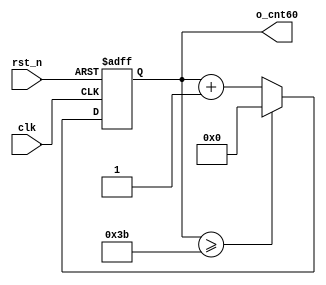
//	==================================================
//	Copyright (c) 2019 Sookmyung Women's University.
//	--------------------------------------------------
//	DEPARTMENT		: EE
//	--------------------------------------------------
//	RELEASE HISTORY
//	--------------------------------------------------
//	VERSION			DATE
//	0.0				2019-10-28
//	--------------------------------------------------
//	PURPOSE			: Seven-Segment Display
//	==================================================

//	--------------------------------------------------
//	0~59 Counter
//	--------------------------------------------------
module cnt60(	o_cnt60,
		clk,
		rst_n);

output	[5:0]	o_cnt60		;

input		clk		;
input		rst_n		;

reg		[5:0]	o_cnt60		;

always @(posedge clk or negedge rst_n) begin
	if(rst_n == 1'b0) begin
		o_cnt60 <= 6'd0;
	end else begin
		if(o_cnt60 >= 6'd59) begin
			o_cnt60 <= 6'd0;
		end else begin
			o_cnt60 <= o_cnt60 + 1'b1;
		end
	end
end

endmodule

//	--------------------------------------------------
//	Numerical Controlled Oscillator
//	Hz of o_gen_clk = Clock Hz / num
//	--------------------------------------------------

module	nco(	o_gen_clk,
		i_nco_num,
		clk,
		rst_n);

output			o_gen_clk	;	// 1Hz CLK

input	[31:0]	i_nco_num	;
input		clk		;	// 50Mhz CLK
input		rst_n		;

reg		[31:0]	cnt			;
reg				o_gen_clk	;

always @(posedge clk or negedge rst_n) begin
	if(rst_n == 1'b0) begin
		cnt		<= 32'd0;
		o_gen_clk	<= 1'd0	;
	end else begin
		if(cnt >= i_nco_num/2-1) begin
			cnt 	<= 32'd0;
			o_gen_clk	<= ~o_gen_clk;
		end else begin
			cnt <= cnt + 1'b1;
		end
	end
end

endmodule

//	--------------------------------------------------
//	NCO Clock Based 0~59 Counter
//	--------------------------------------------------
module	nco_cnt(	o_nco_cnt,
			i_nco_num,
			clk,
			rst_n);

output	[5:0]	o_nco_cnt	;

input	[31:0]	i_nco_num		;
input			clk		;
input			rst_n		;

wire			gen_clk		;

nco		u_nco(	.o_gen_clk	( gen_clk	),
			.i_nco_num	( i_nco_num	),
			.clk		( clk		),
			.rst_n		( rst_n		));

cnt60		u_cnt60(.o_cnt60	( o_nco_cnt	),
			.clk		( gen_clk	),
			.rst_n		( rst_n		));

endmodule

//	--------------------------------------------------
//	Flexible Numerical Display Decoder
//	--------------------------------------------------
module	fnd_dec(o_seg,
		i_num);

output	[6:0]	o_seg		;	// {o_seg_a, o_seg_b, ... , o_seg_g}

input	[3:0]	i_num		;

reg	[6:0]	o_seg	;

always @(i_num or o_seg) begin
	  case(i_num)
		4'b0000 :  o_seg = 7'b111_1110	;
		4'b0001 :  o_seg = 7'b011_0000	;
		4'b0010 :  o_seg = 7'b110_1101	;		
		4'b0011 :  o_seg = 7'b111_1001	;
		4'b0100 :  o_seg = 7'b011_0011	;
		4'b0101 :  o_seg = 7'b101_1011	;
		4'b0110 :  o_seg = 7'b101_1111	;
		4'b0111 :  o_seg = 7'b111_0000	;
		4'b1000 :  o_seg = 7'b111_1111	;
		4'b1001 :  o_seg = 7'b111_0011	;
		4'b1010 :  o_seg = 7'b000_0000  ;
		4'b1011 :  o_seg = 7'b000_0000  ;
		4'b1100 :  o_seg = 7'b000_0000  ;
		4'b1101 :  o_seg = 7'b000_0000  ;
		4'b1110 :  o_seg = 7'b000_0000  ;
		4'b1111 :  o_seg = 7'b000_0000  ;
	endcase
end

endmodule

//	--------------------------------------------------
//	0~59 --> 2 Separated Segments
//	--------------------------------------------------
module	double_fig_sep(	o_left,
			o_right,
			i_double_fig);

output	[3:0]	o_left		;
output	[3:0]	o_right		;

input	[5:0]	i_double_fig	;

assign	o_left = i_double_fig / 10;
assign	o_right  = i_double_fig % 10;

endmodule

//	--------------------------------------------------
//	0~59 --> 2 Separated Segments
//	--------------------------------------------------

module	led_disp(	o_seg,
			o_seg_dp,
			o_seg_enb,
			i_six_digit_seg,
			i_six_dp,
			clk,
			rst_n);

output	[5:0]	o_seg_enb		;
output			o_seg_dp	;
output	[6:0]	o_seg			;


input	[41:0]	i_six_digit_seg		;
input	[5:0]	i_six_dp		;
input			clk		;
input			rst_n		;

wire			gen_clk		;

nco	u_nco(	.o_gen_clk( gen_clk		),
		.i_nco_num( 32'd50000000	),
		.clk	( clk			),
		.rst_n	( rst_n			));


reg		[3:0]	cnt_common_node	;

always @(posedge gen_clk or negedge rst_n) begin
	if(rst_n == 1'b0) begin
		cnt_common_node		<= 32'd0;
	end else begin
		if(cnt_common_node >= 4'd5) begin
			cnt_common_node 	<= 4'd0;
		end else begin
			cnt_common_node <= cnt_common_node + 1'b1;
		end
	end
end

reg		[5:0]	o_seg_enb		;
always @(cnt_common_node) begin
	case (cnt_common_node)
		4'd0 : o_seg_enb = 6'b111110;
		4'd1 : o_seg_enb = 6'b111101;
		4'd2 : o_seg_enb = 6'b111011;
		4'd3 : o_seg_enb = 6'b110111;
		4'd4 : o_seg_enb = 6'b101111;
		4'd5 : o_seg_enb = 6'b011111;
	endcase
end

reg				o_seg_dp		;
always @(cnt_common_node) begin
	case (cnt_common_node)
		4'd0 : o_seg_dp = i_six_dp[0];
		4'd1 : o_seg_dp = i_six_dp[1];
		4'd2 : o_seg_dp = i_six_dp[2];
		4'd3 : o_seg_dp = i_six_dp[3];
		4'd4 : o_seg_dp = i_six_dp[4];
		4'd5 : o_seg_dp = i_six_dp[5];
	endcase
end

reg		[6:0]	o_seg			;
always @(cnt_common_node) begin
	case (cnt_common_node)
		4'd0 : o_seg = i_six_digit_seg[6:0];
		4'd1 : o_seg = i_six_digit_seg[13:7];
		4'd2 : o_seg = i_six_digit_seg[20:14];
		4'd3 : o_seg = i_six_digit_seg[27:21];
		4'd4 : o_seg = i_six_digit_seg[34:28];
		4'd5 : o_seg = i_six_digit_seg[41:35];
	endcase
end

endmodule

//	--------------------------------------------------
//	Top Module
//	--------------------------------------------------
module	top_nco_cnt_disp(	o_seg_enb,
				o_seg_dp,
				o_seg,
				clk,
				rst_n);

output	[5:0]	o_seg_enb	;
output		o_seg_dp	;
output	[6:0]	o_seg		;

input			clk		;
input			rst_n		;

wire	[5:0]	nco_cnt		;

nco_cnt		u_nco_cnt(	.o_nco_cnt(	nco_cnt),
				.i_nco_num(	32'd50000000),
				.clk(	clk),
				.rst_n(	rst_n));
		

wire	[3:0]	left	;
wire	[3:0]	right	;


double_fig_sep	u_double_fig_sep(	.o_left(	left),
				  	.o_right(	right),
				  	.i_double_fig(	nco_cnt));


wire	[41:0]	six_digit_seg	;

wire	[6:0]	seg_left	;
wire	[6:0]	seg_right	;


fnd_dec		u0_fnd_dec	(	.o_seg(  	seg_left),
				 	.i_num(	left));


fnd_dec		u1_fnd_dec	(	.o_seg(  	seg_right),
				  	.i_num(	right));

assign six_digit_seg = { {4{7'b0000000}}, seg_left, seg_right }	;


led_disp	u_led_disp(	.o_seg(		o_seg),
				.o_seg_dp(	o_seg_dp),
				.o_seg_enb(	o_seg_enb),
				.i_six_digit_seg( six_digit_seg),
				.i_six_dp(	6'd0),
				.clk(		clk),
				.rst_n(		rst_n));


endmodule